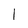
Character: 1